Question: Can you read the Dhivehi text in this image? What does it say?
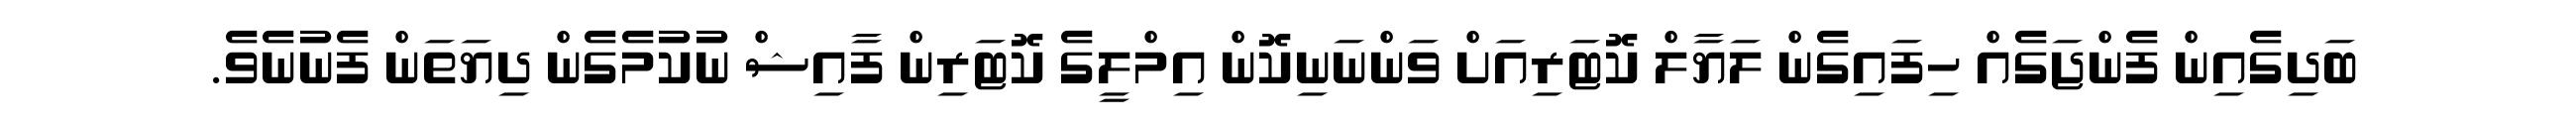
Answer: ބަދިގެއިން ފެންޖަގެއް ހިފައިގެން ލަޔާލް ކޮޓަރިއަށް ވަންނަނިކޮން އިމްލީގެ ކޮޓަރިން ފާއިޝް ނުކުމެގެން ދިޔަތަން ފެނުނެވެ.